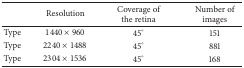
<table><thead><tr><td><b> </b></td><td><b>Resolution</b></td><td><b>Coverage of the retina</b></td><td><b>Number of images</b></td></tr></thead><tbody><tr><td>Type</td><td>1440 × 960</td><td>45°</td><td>151</td></tr><tr><td>Type</td><td>2240 × 1488</td><td>45°</td><td>881</td></tr><tr><td>Type</td><td>2304 × 1536</td><td>45°</td><td>168</td></tr></tbody></table>